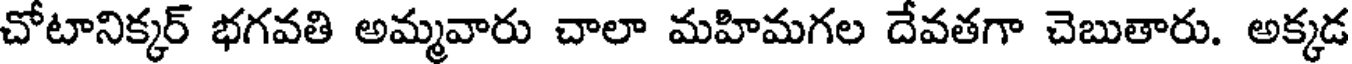
చోటానిక్కర్ భగవతి అమ్మవారు చాలా మహిమగల దేవతగా చెబుతారు. అక్కడ